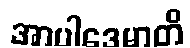
အာပါဒေမာတိ